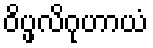
ဝိပ္ဖလိဂုဟာယံ